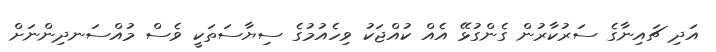
އަދި ޗައިނާގެ ސަރުކާރުން ގެންގުޅޭ އެއް ކުއްޖަކު ވިހެއުމުގެ ސިޔާސަތަކީ ވެސް މުއްސަނދިންނަށް